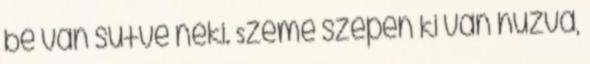
be van sütve neki. Szeme szépen ki van húzva,